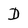
Character: D